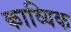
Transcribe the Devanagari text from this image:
काव्यिक